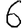
Digit: 6